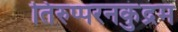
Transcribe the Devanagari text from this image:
तिरुप्परनकुंद्रम